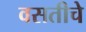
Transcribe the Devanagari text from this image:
वसतीचे